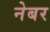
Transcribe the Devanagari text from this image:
नेबर